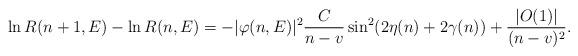
LaTeX: \begin{align*} \ln R(n+1,E)-\ln R(n,E)= -\vert \varphi(n,E)\vert^2 \frac{C}{n-v}\sin^2(2\eta(n)+2\gamma(n))+\frac{\vert O(1)\vert}{(n-v)^2}.\end{align*}